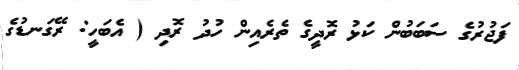
ފަޖުރުގެ ސަބަބުން ކަޅު ރޮދީގެ ތެރެއިން ހުދު ރޮދި ( އެބަހީ: ރޭގަނޑުގެ